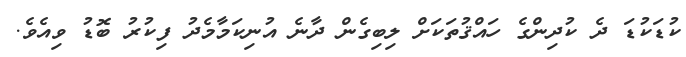
ކުޑަކުޑަ ދެ ކުދިންގެ ހައްޤުތަކަށް ލިބިގެން ދާނެ އުނިކަމާމެދު ފިކުރު ބޮޑު ވިއެވެ.